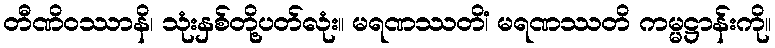
တီဏိဝဿာနိ၊ သုံးနှစ်တို့ပတ်လုံး။ မရဏဿတိံ၊ မရဏဿတိ ကမ္မဋ္ဌာန်းကို။